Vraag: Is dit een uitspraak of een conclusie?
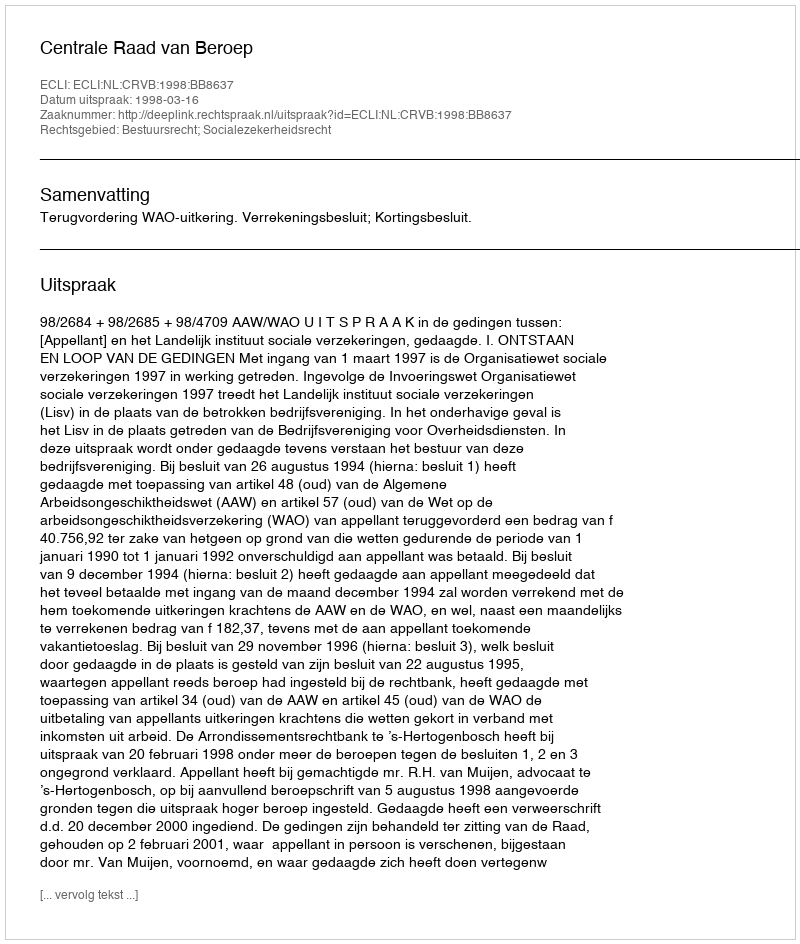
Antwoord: Uitspraak